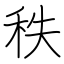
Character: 秩